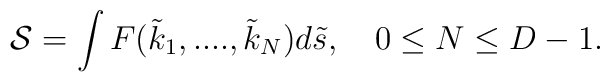
{\cal S} =\int F({\tilde k}_1,....,{\tilde k}_N)d{\tilde s},\quad 0\leq N\leq D-1 .